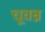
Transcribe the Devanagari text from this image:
चूवन्न